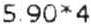
5.90*4